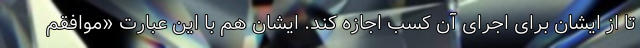
تا از ایشان برای اجرای آن کسب اجازه کند. ایشان هم با این عبارت «موافقم